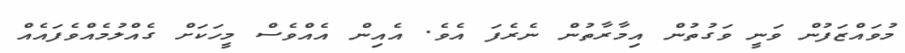
މުވައްޒަފުން ވަނީ ވަގުތުން އިމާރާތުން ނެރެފަ އެވެ. އެއިން އެއްވެސް މީހަކަށް ގެއްލުމެއްވެފައެއް